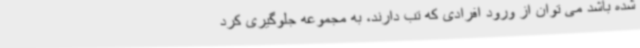
شده باشد می توان از ورود افرادی که تب دارند، به مجموعه جلوگیری کرد